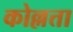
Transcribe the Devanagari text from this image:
कोल्लत्ता